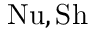
\mathrm { { N u , S h } }